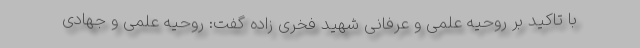
با تاکید بر روحیه علمی و عرفانی شهید فخری زاده گفت: روحیه علمی و جهادی